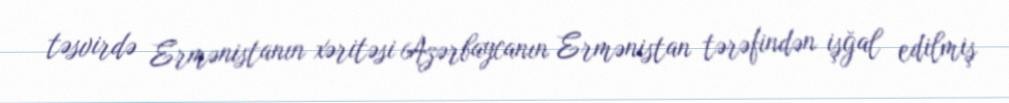
təsvirdə Ermənistanın xəritəsi Azərbaycanın Ermənistan tərəfindən işğal edilmiş